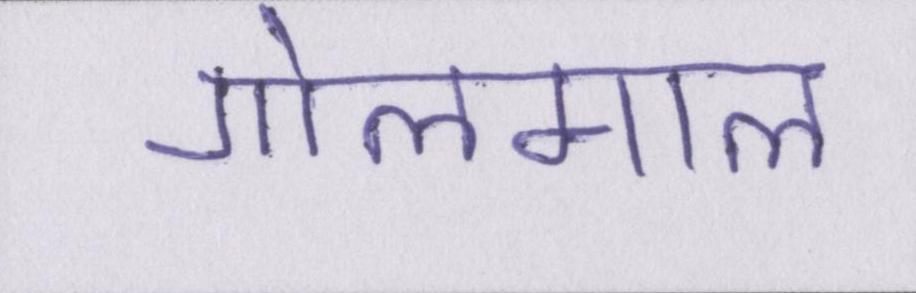
गोलमाल